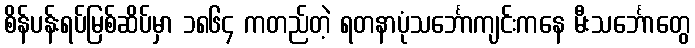
စိန်ပန်းရပ်မြစ်ဆိပ်မှာ ၁၈၆၄ ကတည်တဲ့ ရတနာပုံသင်္ဘောကျင်းကနေ မီးသင်္ဘောတွေ